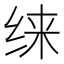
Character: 𱺜